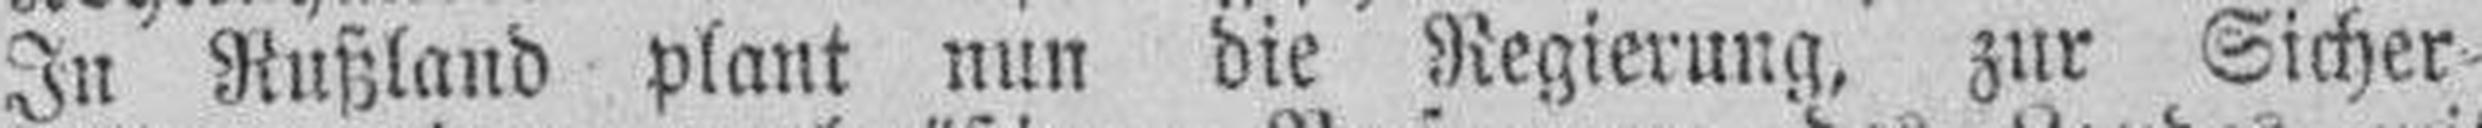
In Rußland plant nun die Regierung, zur Sicher¬